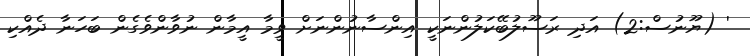
' (ޔޫނުސް:2) އަދި ރަސޫލުބޭކަލުންނަކީ އިންސާނުންނަށް ވީމާ އީމާން ނުވާންވެގެން ބަހަނާ ދެއްކި